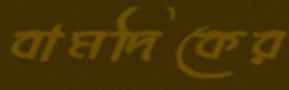
বামদিকের